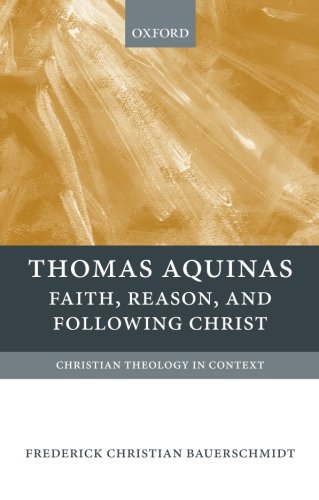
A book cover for Thomas Aquinas: Faith, Reason, and Following Christ (Christian Theology in Context); Frederick Christian Bauerschmidt; Politics & Social Sciences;